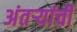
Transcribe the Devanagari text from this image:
अंतऱ्यांची